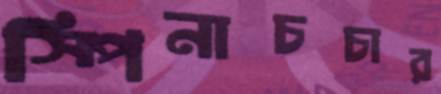
স্পিনাচচার